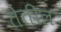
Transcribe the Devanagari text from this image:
तेतील